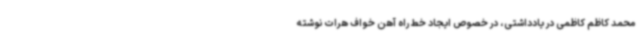
محمد کاظم کاظمی در یادداشتی، در خصوص ایجاد خط راه آهن خواف هرات نوشته